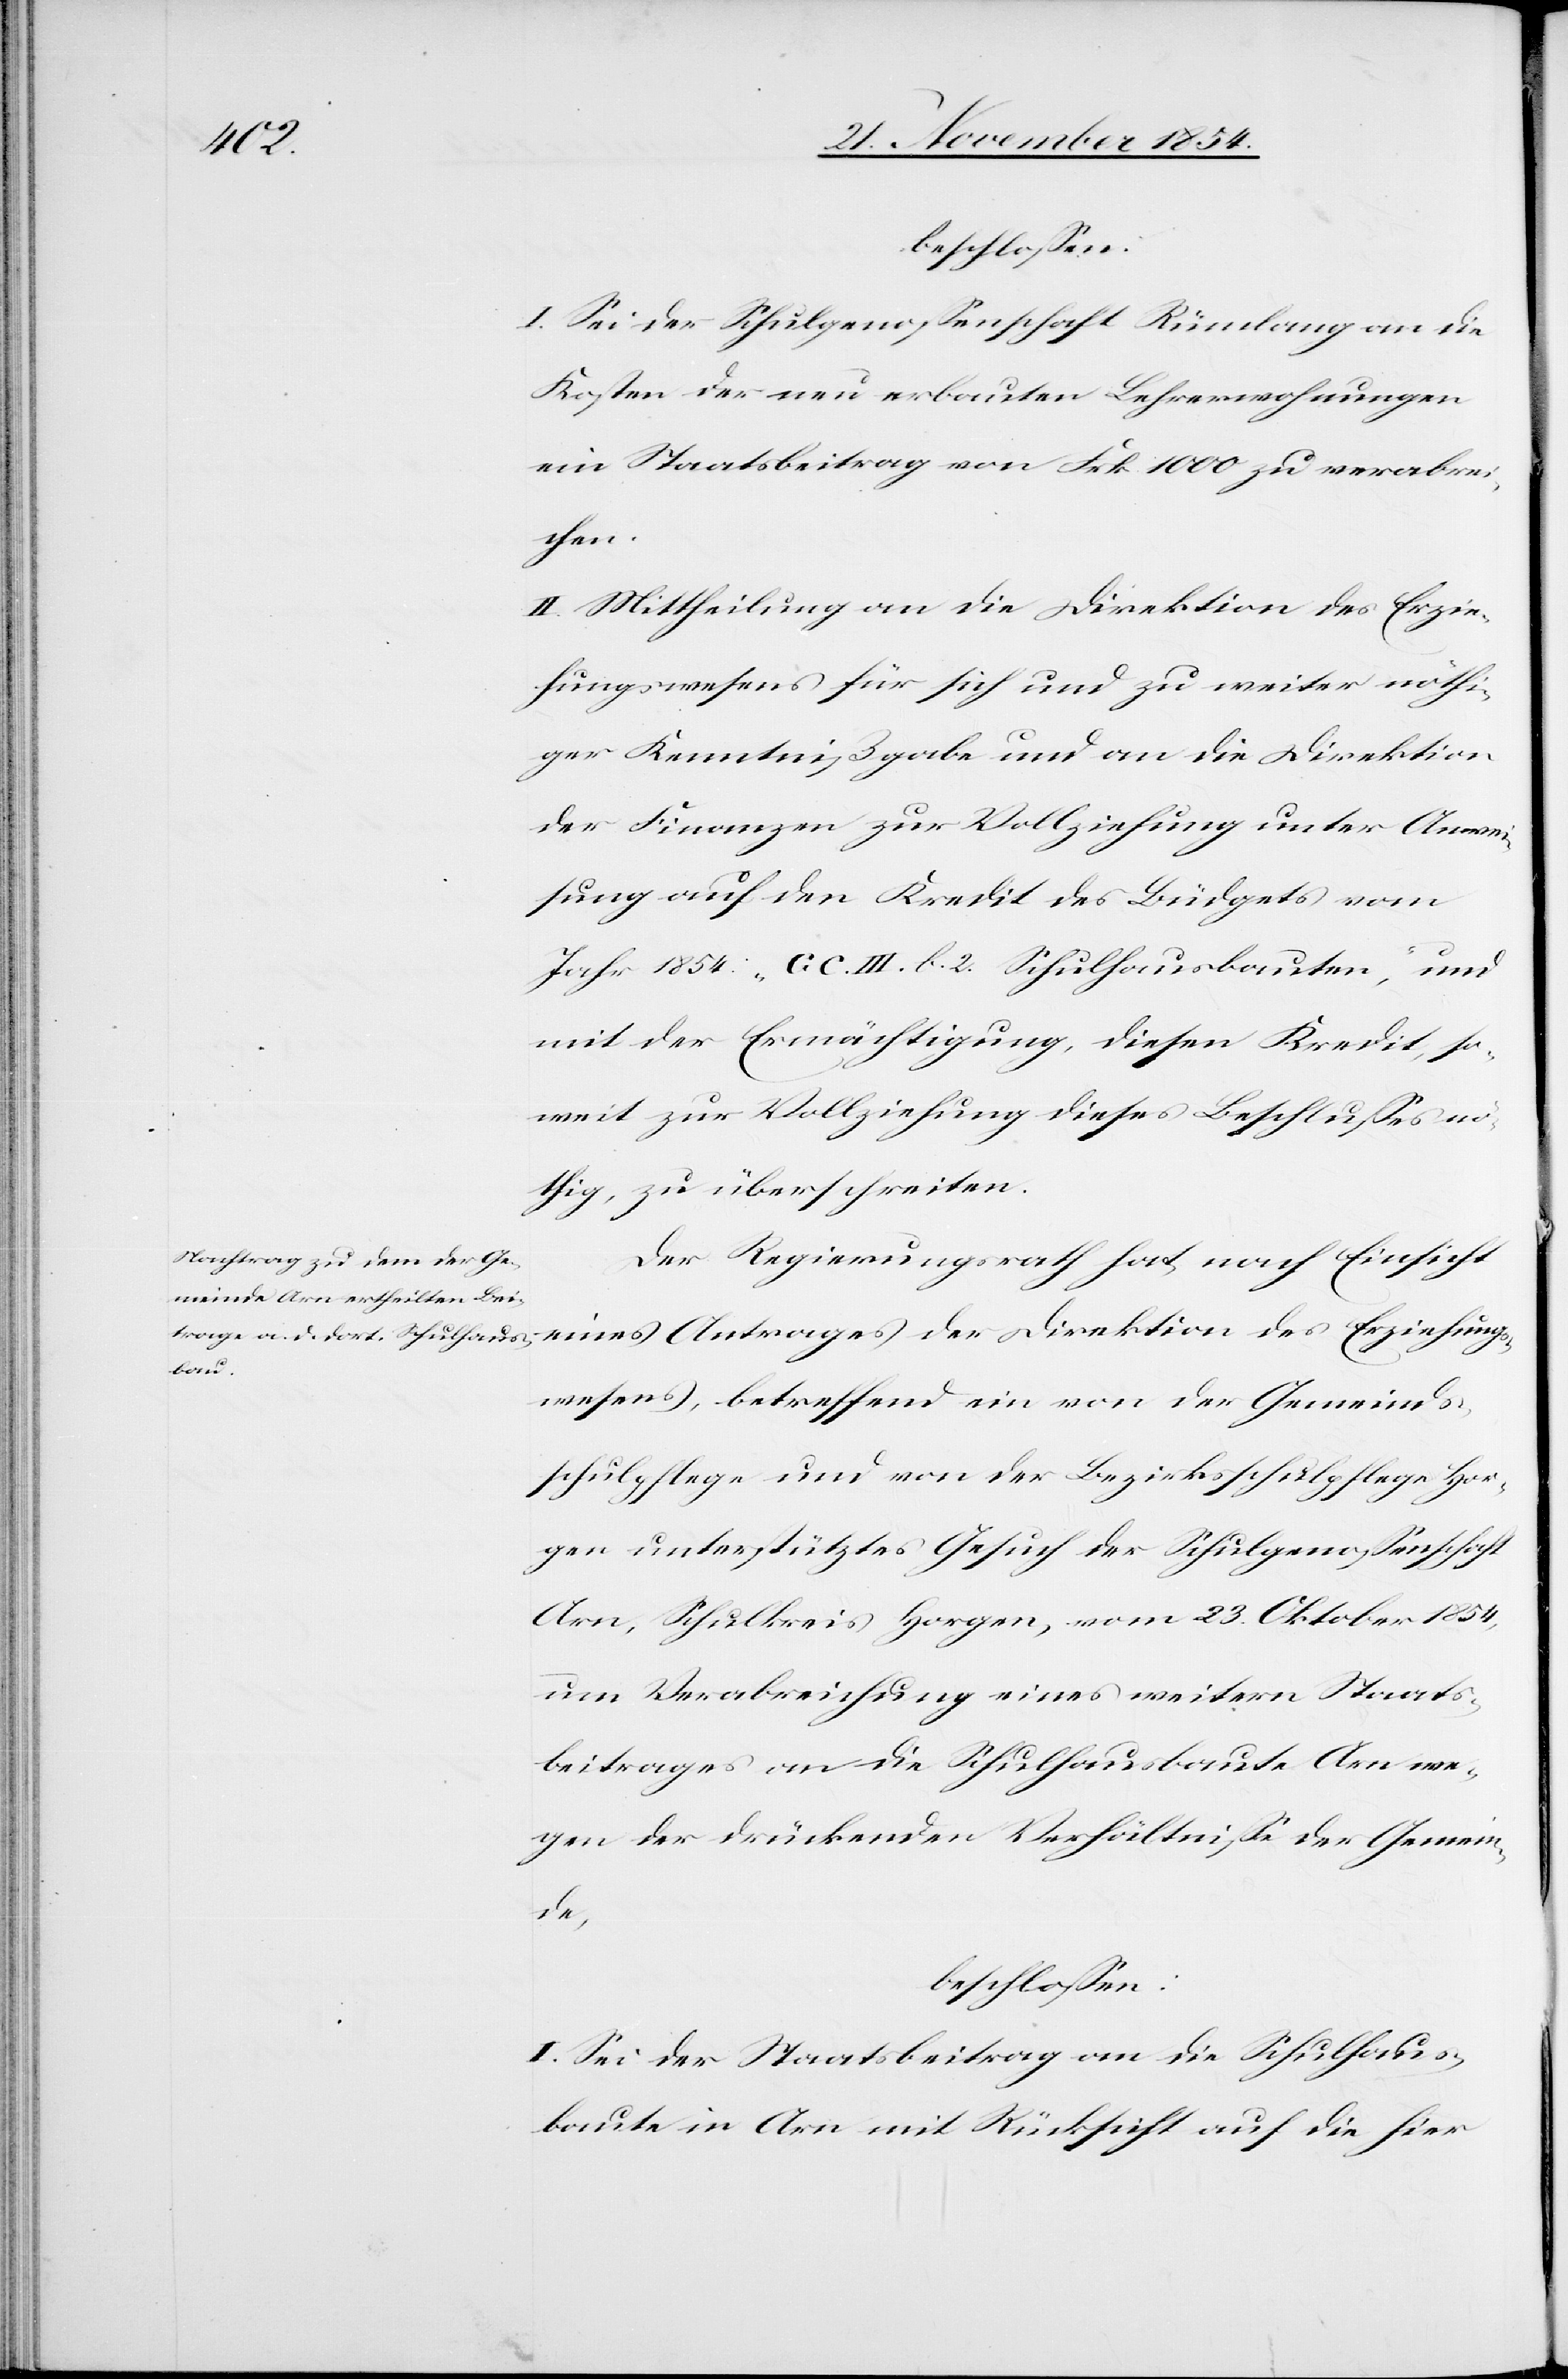
Erziehung¬
beschloßen:
I. Sei der Schulgenoßenschaft Rümlang an die
Kosten der neu erbauten Lehrerwohnungen
ein Staatsbeitrag von Frk. 1000 zu verabrei¬
chen.
II. Mittheilung an die Direktion des Erzie¬
hungswesens für sich und zu weiter nöthi¬
ger Kenntnißgabe und an die Direktion
der Finanzen zur Vollziehung unter Anwei¬
sung auf den Kredit des Büdgets vom
Jahr 1854: „G C. III. b. 2. Schulhausbauten“, und
mit der Ermächtigung, diesen Kredit so¬
weit zur Vollziehung dieses Beschlußes nö¬
thig, zu überschreiten.
Der Regierungsrath hat, nach Einsicht
swesens, betreffend ein von der Gemeinds¬
schulpflege und von der Bezirksschulpflege Hor¬
gen unterstütztes Gesuch der Schulgenoßenschaft
Arn, Schulkreis Horgen, vom 23. Oktober 1854,
um Verabreichung eines weitern Staats¬
beitrages an die Schulhausbaute in Arn we¬
gen der drückenden Verhältniße der Gemein¬
de,
beschloßen:
I. Sei der Staatsbeitrag an die Schulhaus¬
baute in Arn mit Rücksicht auf die hier